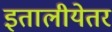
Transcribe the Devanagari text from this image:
इतालीयेतर